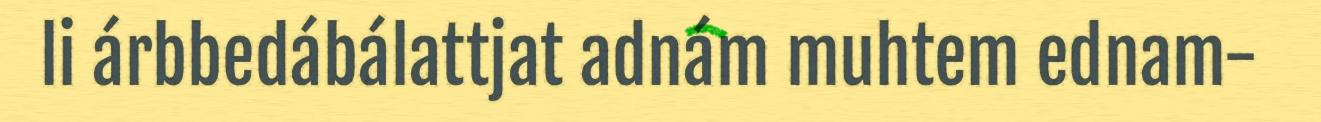
li árbbedábálattjat adnám muhtem ednam-